Vital statistics of India. Vol. V, Reports of 1876 on armies & jails and on epidemic cholera
Year: 1876
Disease focus: Cholera
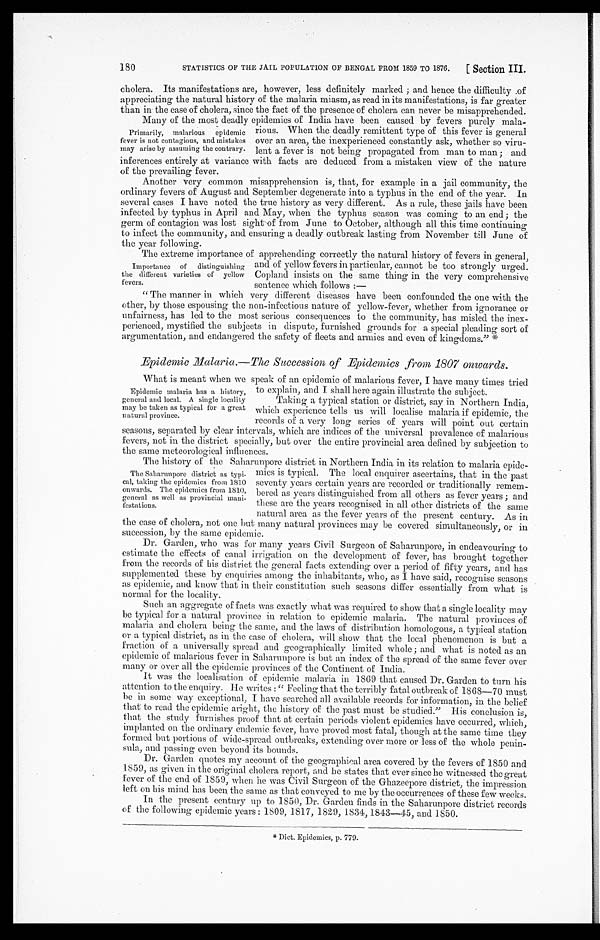
STATISTICS OF THE JAIL POPULATION OF BENGAL FROM 1859 TO 1876.
[Section III.
180
cholera. Its manifestations are, however, less definitely marked; and hence the difficulty of
appreciating the natural history of the malaria miasm, as read in its manifestations, is far greater
than in the ease of cholera, since the fact of the presence of cholera can never be misapprehended.
Many of the most deadly epidemics of India have been caused by fevers purely mala
-rious. When the deadly remittent type of this fever is general
over an area, the inexperienced constantly ask, whether so viru
-lent a fever is not being propagated from man to man; and
inferences entirely at variance with facts are deduced from a mistaken view of the nature
of the prevailing fever.
Another very common misapprehension is, that, for example in a jail community, the
ordinary fevers of August and September degenerate into a typhus in the end of the year. In
several eases I have noted the true history as very different. As a rule, these jails have been
infected by typhus in April and May, when the typhus season was coming to an end; the
germ of contagion was lost sight of from June to October, although all this time continuing
to infect the community, and ensuring a deadly outbreak lasting from November till June of
the year following.
The extreme importance of apprehending correctly the natural history of fevers in general,
and of yellow fevers in particular, cannot be too strongly urged.
Copland insists on the same thing in the very comprehensive
sentence which follows:
—
"The manner in which very different diseases have been confounded the one with the
other, by those espousing the non-infectious nature of yellow-fever, whether from ignorance or
unfairness, has led to the most serious consequences to the community, has misled the inex
- p e r i e n c e d , m y s t i f i e d t h e s u b j e c t s i n d i s p u t e , f u r n i s h e d g r o u n d s f o r a s p e c i a l p l e a d i n g s o r t o f
argumentation, and endangered the safety of fleets and armies and even of kingdoms." *
Epidemic Malaria.— The Succession of Epidemics from 1807 onwards.
What is meant when we speak of an epidemic of malarious fever, I have many times tried.
to explain, and I shall here again illustrate the subject.
Taking a typical station or district, say in Northern India,
which experience tells us will localise malaria if epidemic, the
records of a very long series of years will point out certain
seasons, separated by clear intervals, which are indices of the universal prevalence of malarious
fevers, not in the district specially, but over the entire provincial area defined by subjection to
the same meteorological influences.
The history of the Saharunpore district in Northern India in its relation to malaria epide
-mics is typical. The local enquirer ascertains, that in the past
seventy years certain years are recorded or traditionally remem
-bered as years distinguished from all others as fever years; and
these are the years recognised in all other districts of the same
natural area as the fever years of the present century. As in
the case of cholera, not one but many natural provinces may be covered simultaneously, or in
succession, by the same epidemic.
Dr. Garden, who was for many years Civil Surgeon of Saharunpore, in endeavouring to
estimate the effects of canal irrigation on the development of fever, has brought together
from the records of his district the general facts extending over a period of fifty years, and has
supplemented these by enquiries among the inhabitants, who, as I have said, recognise seasons
as epidemic, and know that in their constitution such seasons differ essentially from what is
normal for the locality.
Such an aggregate of facts was exactly what was required to show that a single locality may
be typical for a natural province in relation to epidemic malaria. The natural provinces of
malaria and cholera being the same, and the laws of distribution homologous, a typical station
or a typical district, as in the case of cholera, will show that the local phenomenon is but a
fraction of a universally spread and geographically limited whole; and what is noted as an
epidemic of malarious fever in Saharunpore is but an index of the spread of the same fever over
many or over all the epidemic provinces of the Continent of India.
It was the localisation of epidemic malaria in 1869 that caused Dr. Garden to turn his
attention to the enquiry. He writes: "Feeling that the terribly fatal outbreak of 1868—70 must
be in some way exceptional, I have searched all available records for information, in the belief
that to read the epidemic aright, the history of the past must be studied." His conclusion is,
that the study furnishes proof that at certain periods violent epidemics have occurred, which,
implanted on the ordinary endemic fever, have proved most fatal, though at the same time they
formed but portions of wide-spread outbreaks, extending over more or less of the whole penin
- s u l a , a n d p a s s i n g e v e n b e y o n d i t s b o u n d s .
Dr. Garden quotes my account of the geographical area covered by the fevers of 1850 and
1859, as given in the original cholera report, and be states that ever since he witnessed the great
fever of the end of 1859, when he was Civil Surgeon of the Ghazeepore district, the impression
left on his mind has been the same as that conveyed to me by the occurrences of these few weeks.
In the present century up to 1850, Dr. Garden finds in the Saharunpore district records
of the following epidemic years: 1809, 1817, 1829, 1834, 1843—45, and 1850.
*Dict. Epidemics, p. 779.
Primarily, malarious epidemic
fever is not contagious, and mistakes
may arise by assuming the contrary.
Importance of distinguishing
the difirent varieties of yellow
fevers.
Epidemic malaria has a history,
general and local. A single locality
may be taken as typical for a great
-natural province.
The Saharunpore district as typi-
-cal, taking the epidemics from 1810
onwards. The epidemics from 1810,
general as well as provincial mani
-festations.